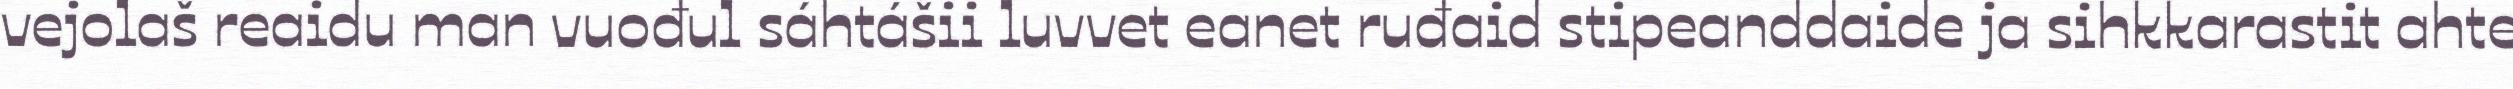
vejolaš reaidu man vuođul sáhtášii luvvet eanet ruđaid stipeanddaide ja sihkkarastit ahte